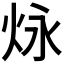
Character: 𪸠